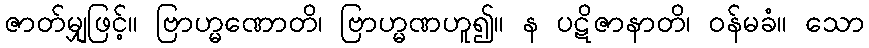
ဇာတ်မျှဖြင့်။ ဗြာဟ္မဏောတိ၊ ဗြာဟ္မဏဟူ၍။ န ပဋိဇာနာတိ၊ ဝန်မခံ။ သော